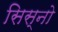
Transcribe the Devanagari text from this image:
सिस्नो